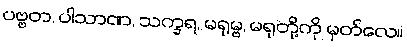
ပဗ္ဗတ, ပါသာဏ, သက္ခရ, မရုမ္ဗ, မရုတို့ကို မှတ်လေ။